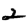
Digit: 2